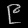
Digit: ၉